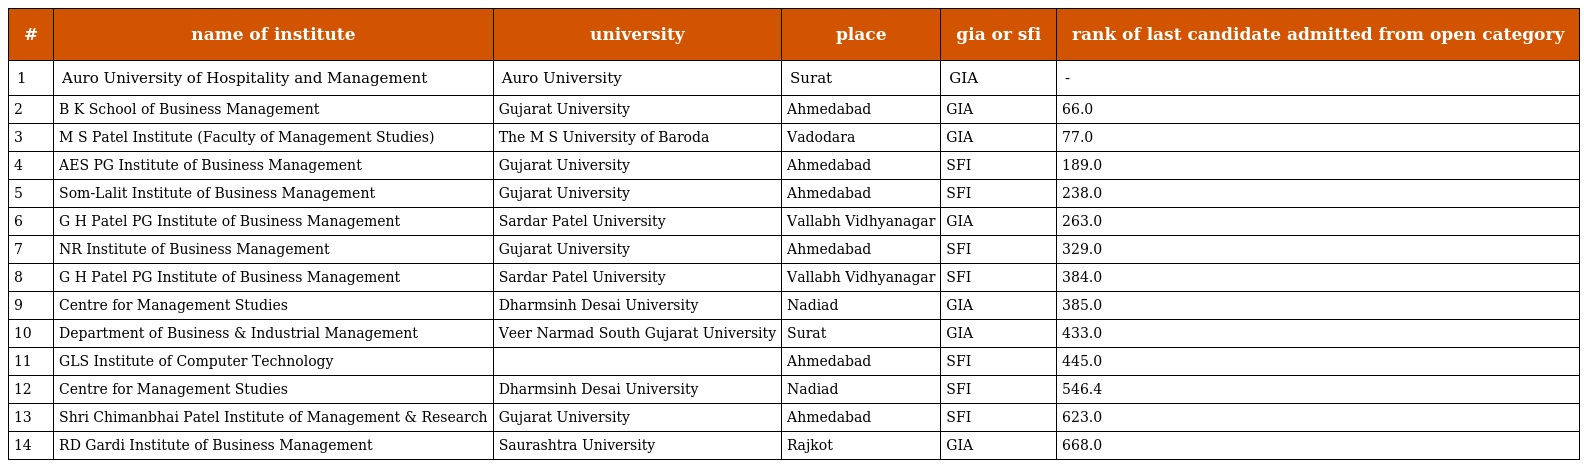
| # | name of institute | university | place | gia or sfi | rank of last candidate admitted from open category |
 | --- | --- | --- | --- | --- | --- |
 | 1 | Auro University of Hospitality and Management | Auro University | Surat | GIA | - |
 | 2 | B K School of Business Management | Gujarat University | Ahmedabad | GIA | 66.0 |
 | 3 | M S Patel Institute (Faculty of Management Studies) | The M S University of Baroda | Vadodara | GIA | 77.0 |
 | 4 | AES PG Institute of Business Management | Gujarat University | Ahmedabad | SFI | 189.0 |
 | 5 | Som-Lalit Institute of Business Management | Gujarat University | Ahmedabad | SFI | 238.0 |
 | 6 | G H Patel PG Institute of Business Management | Sardar Patel University | Vallabh Vidhyanagar | GIA | 263.0 |
 | 7 | NR Institute of Business Management | Gujarat University | Ahmedabad | SFI | 329.0 |
 | 8 | G H Patel PG Institute of Business Management | Sardar Patel University | Vallabh Vidhyanagar | SFI | 384.0 |
 | 9 | Centre for Management Studies | Dharmsinh Desai University | Nadiad | GIA | 385.0 |
 | 10 | Department of Business & Industrial Management | Veer Narmad South Gujarat University | Surat | GIA | 433.0 |
 | 11 | GLS Institute of Computer Technology |  | Ahmedabad | SFI | 445.0 |
 | 12 | Centre for Management Studies | Dharmsinh Desai University | Nadiad | SFI | 546.4 |
 | 13 | Shri Chimanbhai Patel Institute of Management & Research | Gujarat University | Ahmedabad | SFI | 623.0 |
 | 14 | RD Gardi Institute of Business Management | Saurashtra University | Rajkot | GIA | 668.0 |